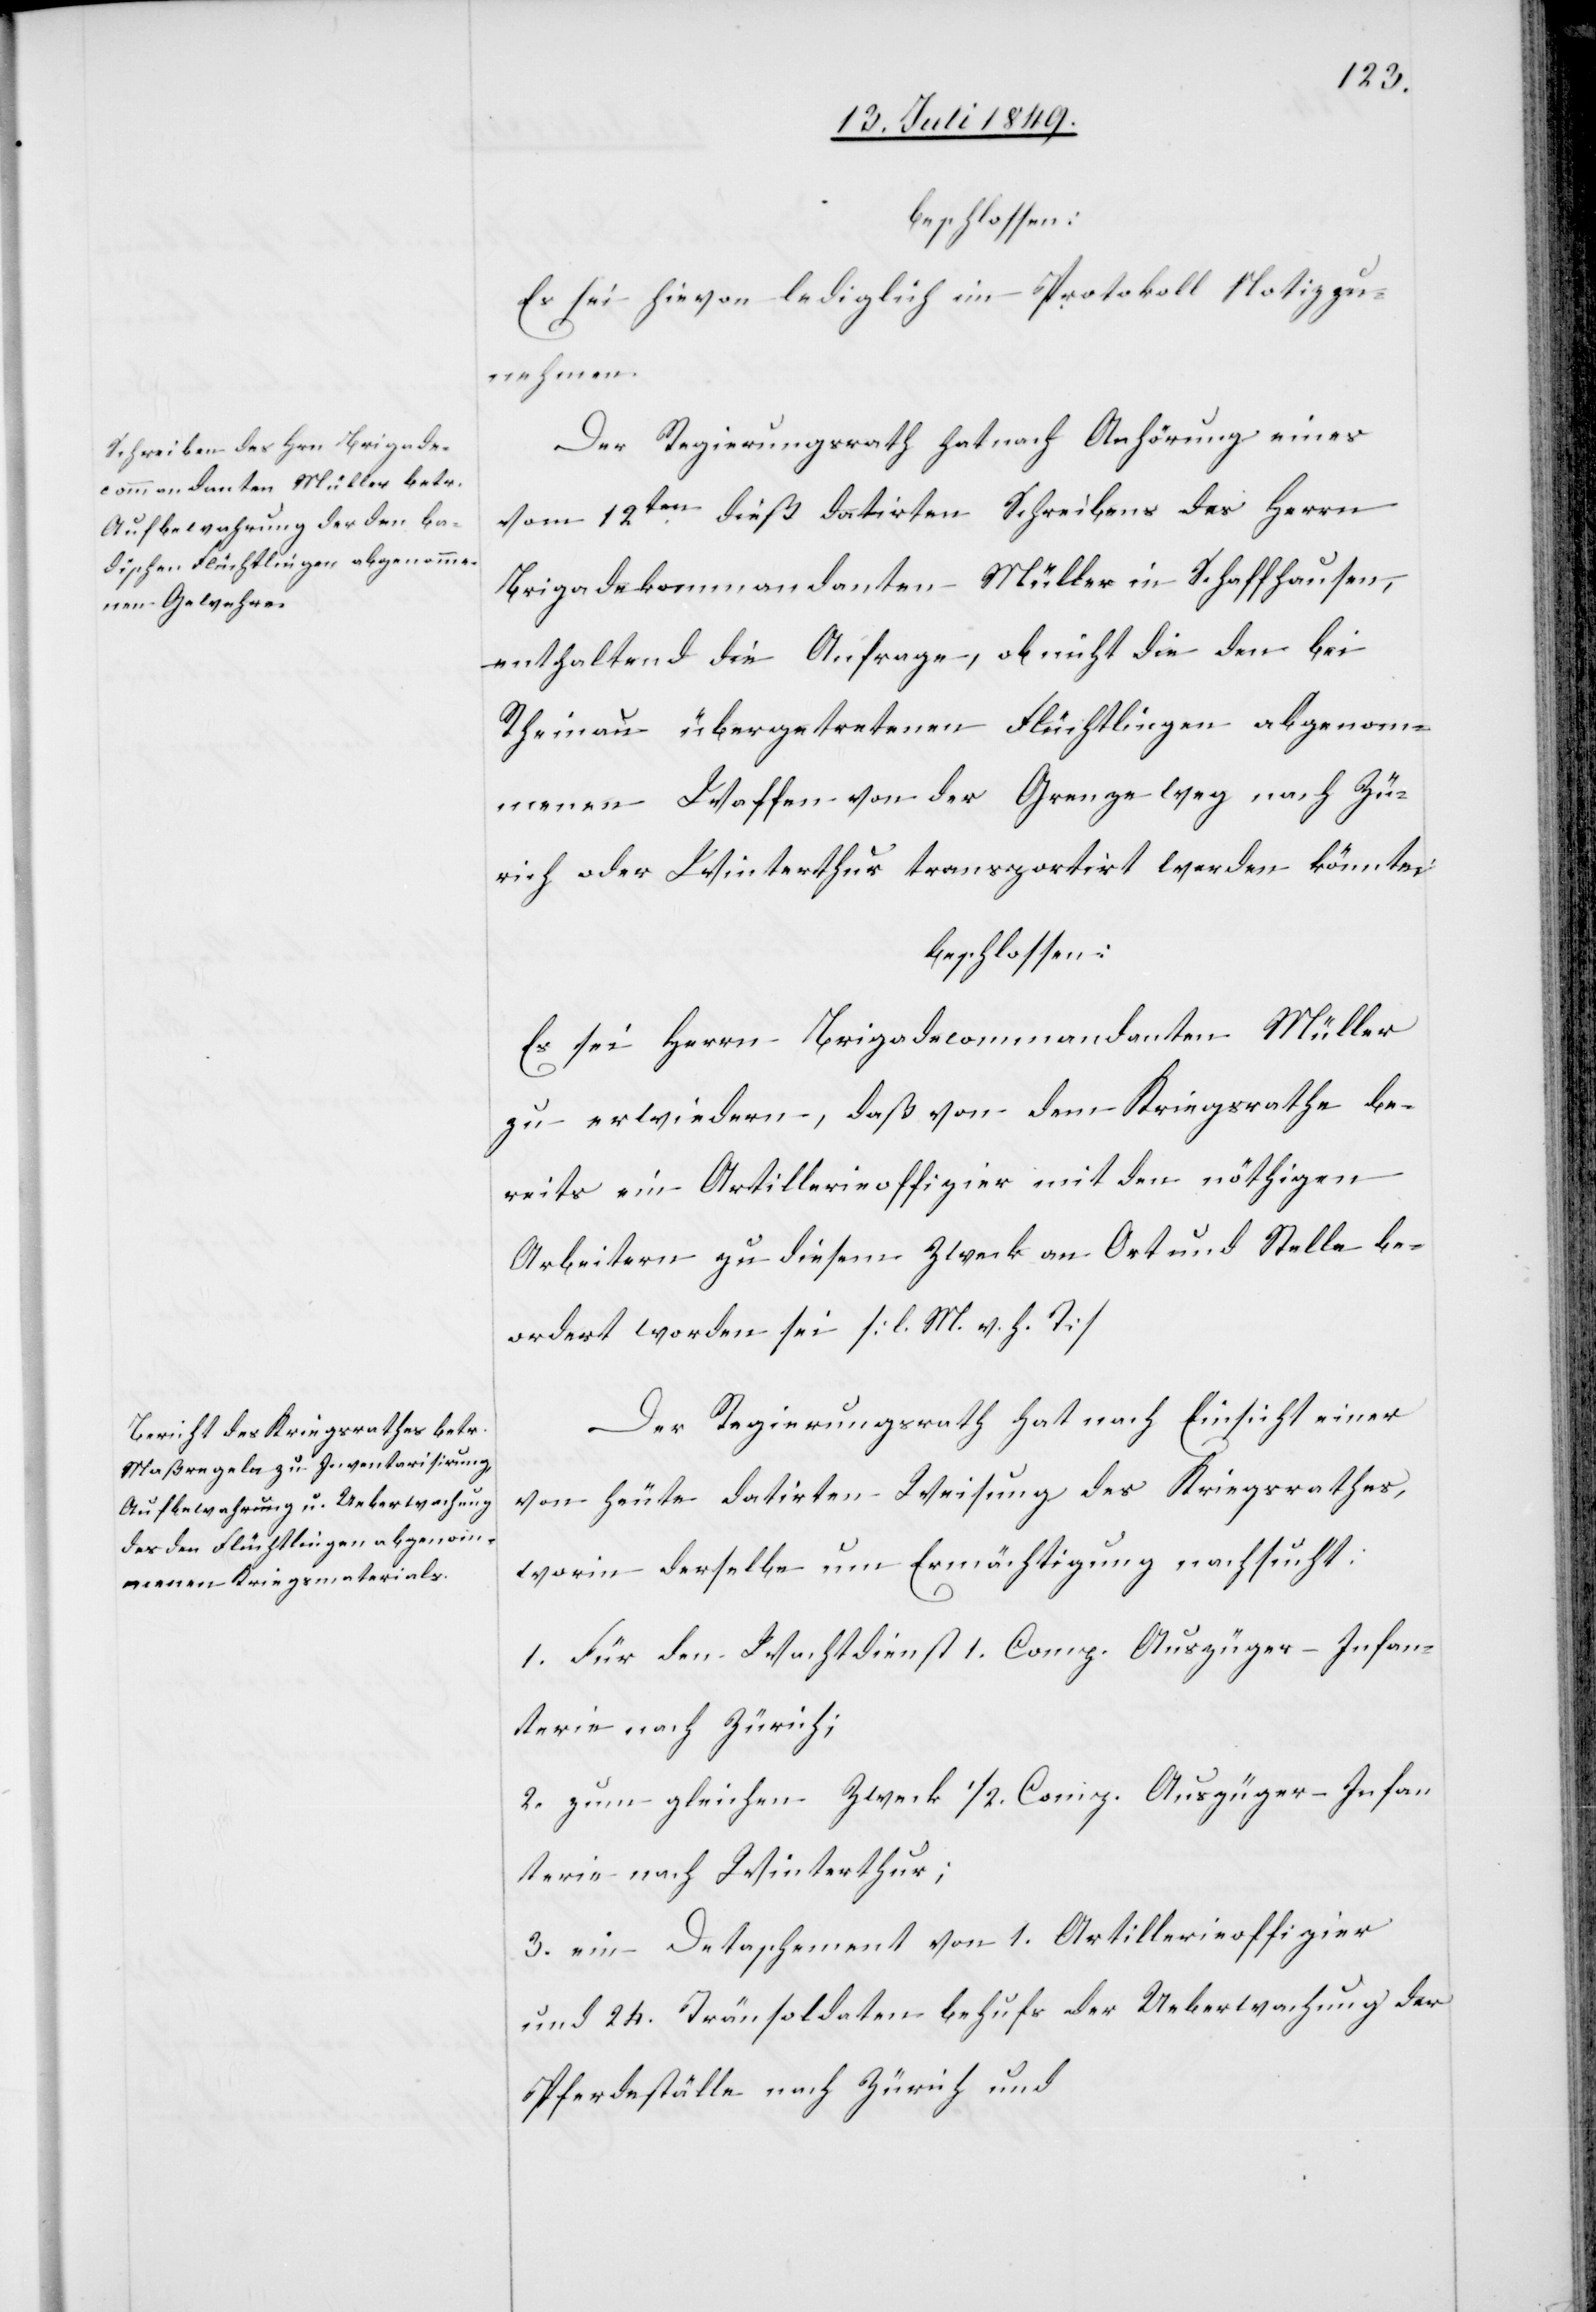
beschlossen:
Es sei hievon lediglich im Protokoll Notiz zu¬
nehmen.
Der Regierungsrath hat nach Anhörung eines
vom 12ten dieß datirten Schreibens des Herrn
Brigadekommandanten Müller in Schaffhausen,
enthaltend die Anfrage, ob nicht die den bei
Rheinau übergetretenen Flüchtlingen abgenom¬
menen Waffen von der Grenze weg nach Zü¬
rich oder Winterthur transportirt werden könnte:
beschlossen:
Es sei Herrn Brigadecommandanten Müller
zu erwiedern, daß von dem Kriegsrathe be¬
reits ein Artillerieoffizier mit den nöthigen
Arbeitern zu diesem Zweck an Ort und Stelle be¬
ordert worden sei [l. M. h. T][.]
Der Regierungsrath hat nach Einsicht einer
von heute datirten Weisung des Kriegsrathes,
worin derselbe um Ermächtigung nachsucht:
1. Für den Wachtdienst 1. Comp. Auszüger Infan¬
terie nach Zürich;
2. zum gleichen Zweck 1/2 Comp. Auszüger Infan¬
terie nach Winterthur;
3. ein Detaschement von 1. Artillerieoffizier
und 24. Tränsoldanten behufs der Ueberwachung der
Pferdeställe nach Zürich und